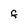
Character: F